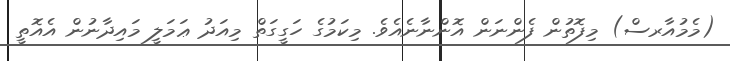
(މެމުއާރސް) މިފޮތުން ފެންނަން އޮންނާނެއެވެ. މިކަމުގެ ހަގީގަތް މިއަދު ޢަމަލީ މައިދާނުން އެއޮތީ